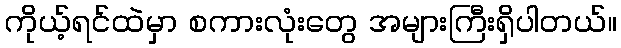
ကိုယ့်ရင်ထဲမှာ စကားလုံးတွေ အများကြီးရှိပါတယ်။